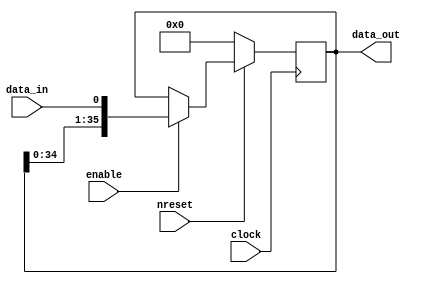
module IOTileConfig(
    input clock,
    input nreset,
    input enable,
    input data_in,
    output [35:0] data_out
);
    reg [35:0] r_data;
    always @(posedge clock) begin
        if (!nreset) begin
            r_data <= 0;
        end else begin
            if (enable) begin
                r_data <= {r_data[34:0], data_in};
            end
        end
    end
    assign data_out = r_data;   

endmodule